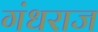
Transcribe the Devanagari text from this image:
गंधराज